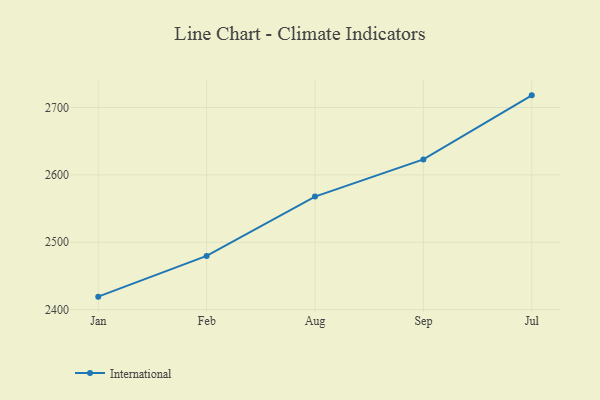
{"axis": {"x": "Month", "y": "Net Income (USD K)"}, "legend": ["International"], "data": [{"x": "Jan", "y": 2419.2, "type": "International"}, {"x": "Feb", "y": 2479.6, "type": "International"}, {"x": "Aug", "y": 2567.7, "type": "International"}, {"x": "Sep", "y": 2622.9, "type": "International"}, {"x": "Jul", "y": 2718.0, "type": "International"}]}